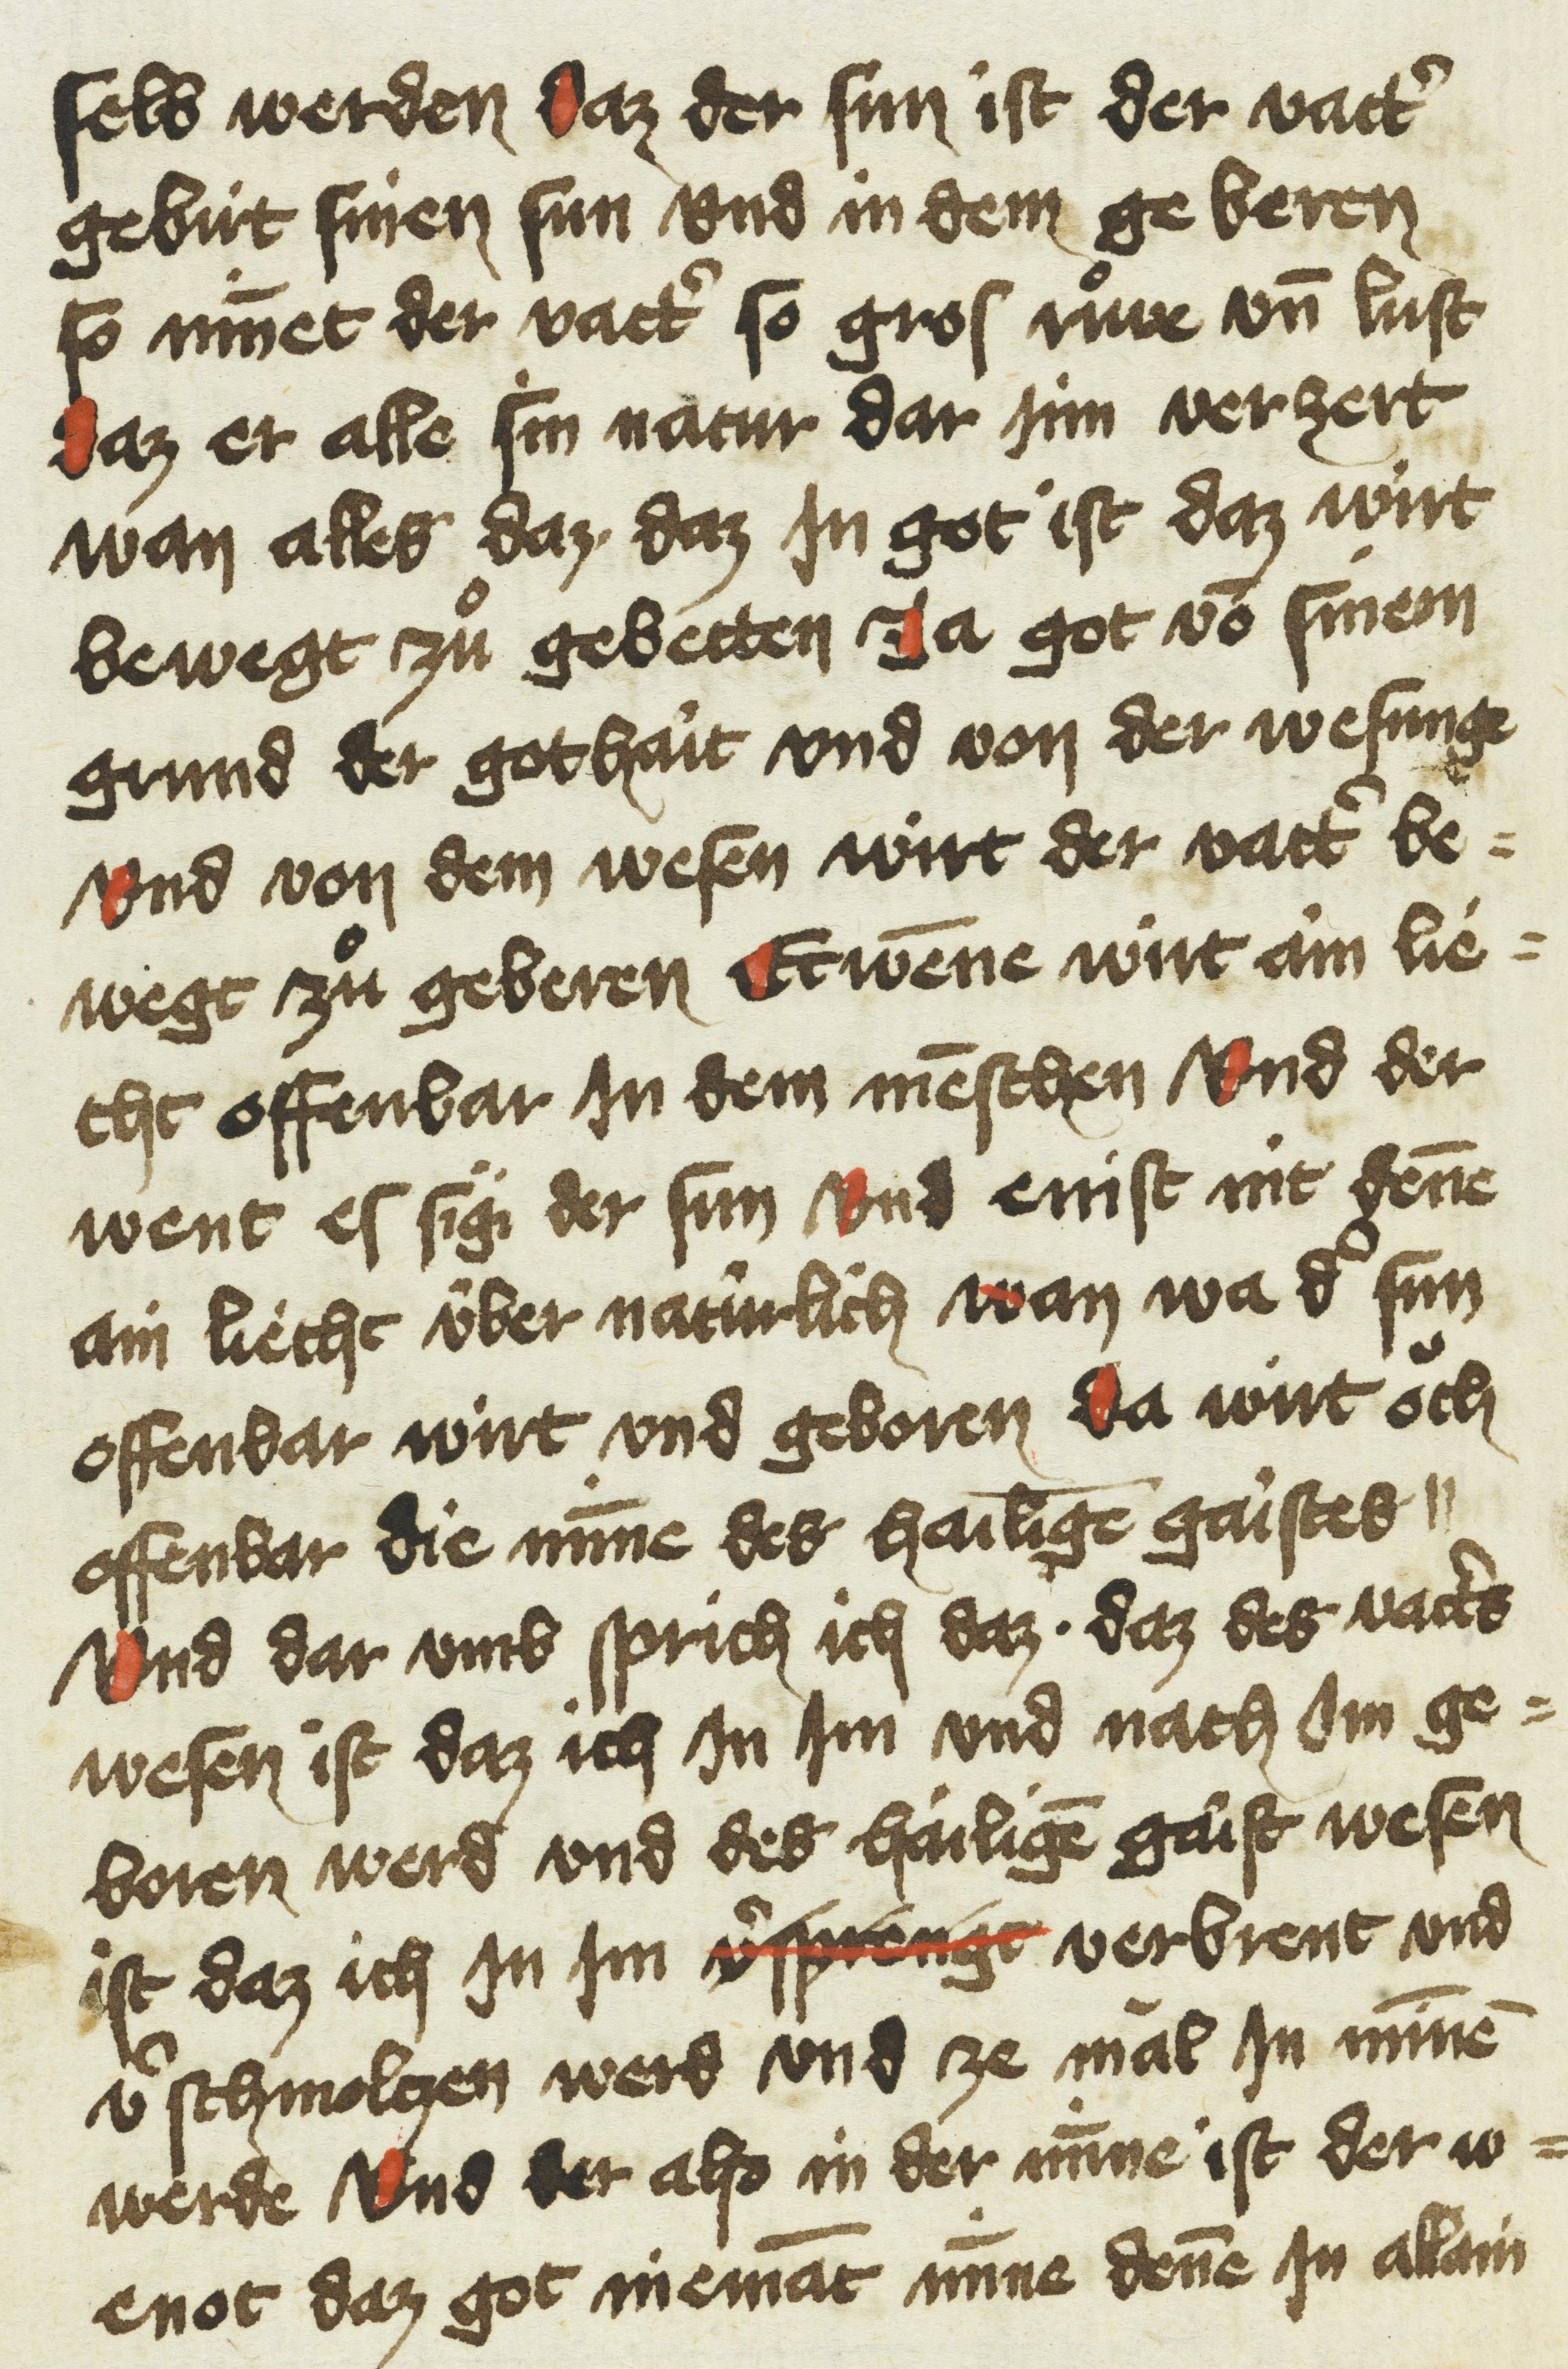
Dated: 1433–1499